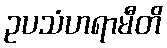
ဥပသံဟရာမီတိ